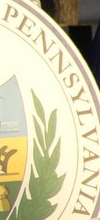
PENNSYLVANIA